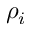
\rho _ { i }